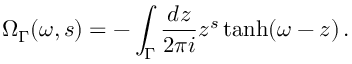
\Omega _ { \Gamma } ( \omega , s ) = - \int _ { \Gamma } \frac { d z } { 2 \pi i } z ^ { s } \operatorname { t a n h } ( \omega - z ) \, .